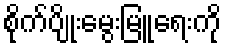
စိုက်ပျိုးမွေးမြူရေးကို